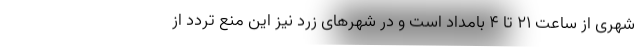
شهری از ساعت ۲۱ تا ۴ بامداد است و در شهرهای زرد نیز این منع تردد از